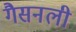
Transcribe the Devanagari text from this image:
गैसनली